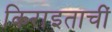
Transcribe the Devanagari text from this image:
किराइताचीं